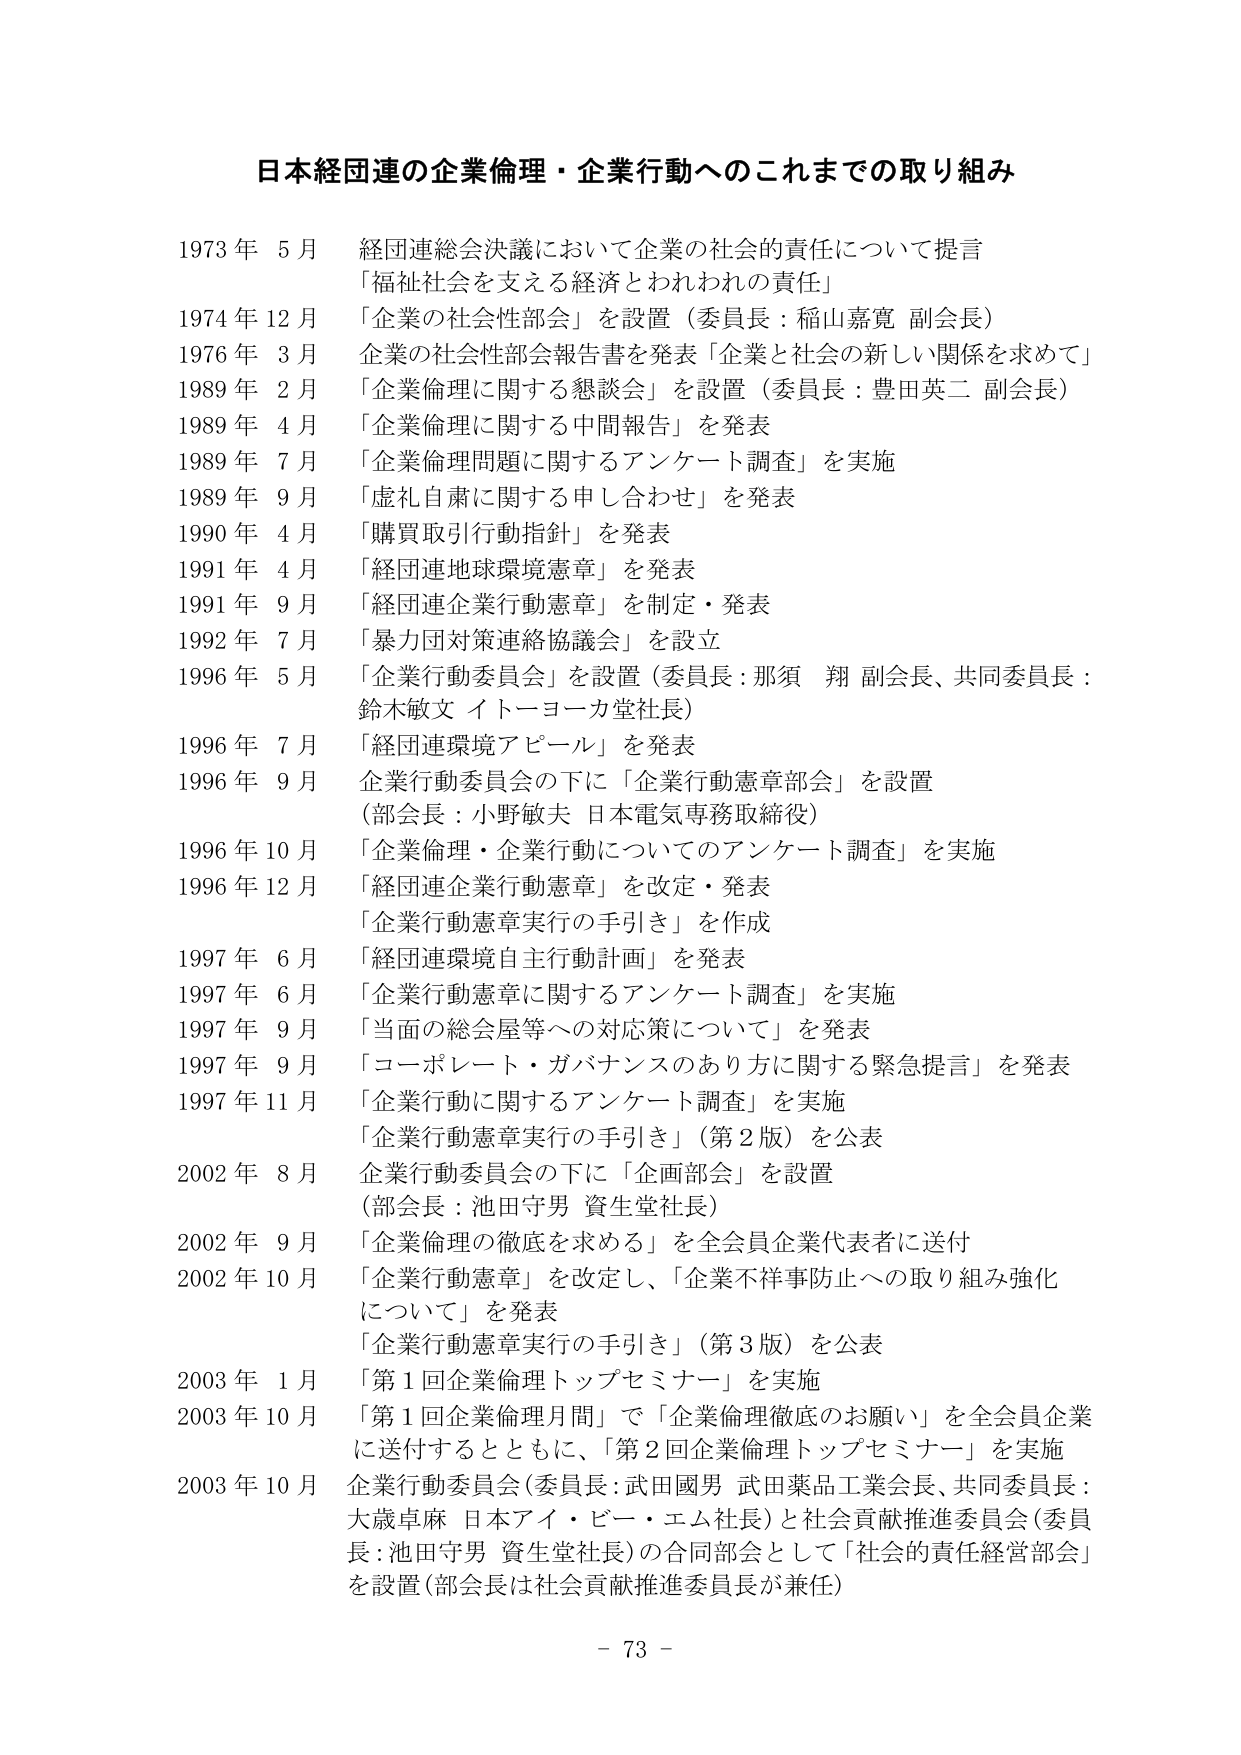
日本経団連の企業倫理・企業行動へのこれまでの取り組み

1973年 5月 経団連総会決議において企業の社会的責任について提言
「福祉社会を支える経済とわれわれの責任」

1974年 12月 「企業の社会性部会」を設置（委員長：稲山嘉寛 副会長）

1976年 3月 企業の社会性部会報告書を発表「企業と社会の新しい関係を求めて」

1989年 2月 「企業倫理に関する懇談会」を設置（委員長：豊田英二 副会長）

1989年 4月 「企業倫理に関する中間報告」を発表

1989年 7月 「企業倫理問題に関するアンケート調査」を実施

1989年 9月 「虚礼自粛に関する申し合わせ」を発表

1990年 4月 「購買取引行動指針」を発表

1991年 4月 「経団連地球環境憲章」を発表

1991年 9月 「経団連企業行動憲章」を制定・発表

1992年 7月 「暴力団対策連絡協議会」を設立

1996年 5月 「企業行動委員会」を設置（委員長：那須 翔 副会長、共同委員長：鈴木敏文 イトーヨーカ堂社長）

1996年 7月 「経団連環境アピール」を発表

1996年 9月 企業行動委員会の下に「企業行動憲章部会」を設置
（部会長：小野敏夫 日本電気専務取締役）

1996年 10月 「企業倫理・企業行動についてのアンケート調査」を実施

1996年 12月 「経団連企業行動憲章」を改定・発表
「企業行動憲章実行の手引き」を作成

1997年 6月 「経団連環境自主行動計画」を発表

1997年 6月 「企業行動憲章に関するアンケート調査」を実施

1997年 9月 「当面の総会屋等への対応策について」を発表

1997年 9月 「コーポレート・ガバナンスのあり方に関する緊急提言」を発表

1997年 11月 「企業行動に関するアンケート調査」を実施
「企業行動憲章実行の手引き」（第2版）を公表

2002年 8月 企業行動委員会の下に「企画部会」を設置
（部会長：池田守男 資生堂社長）

2002年 9月 「企業倫理の徹底を求める」を全会員企業代表者に送付

2002年 10月 「企業行動憲章」を改定し、「企業不祥事防止への取り組み強化について」を発表
「企業行動憲章実行の手引き」（第3版）を公表

2003年 1月 「第1回企業倫理トップセミナー」を実施

2003年 10月 「第1回企業倫理月間」で「企業倫理徹底のお願い」を全会員企業に送付するとともに、「第2回企業倫理トップセミナー」を実施

2003年 10月 企業行動委員会（委員長：武田國男 武田薬品工業会長、共同委員長：大歳卓麻 日本アイ・ビー・エム社長）と社会貢献推進委員会（委員長：池田守男 資生堂社長）の合同部会として「社会的責任経営部会」を設置（部会長は社会貢献推進委員長が兼任）

- 73 -